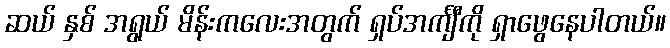
ဆယ် နှစ် အရွယ် မိန်းကလေးအတွက် ရှပ်အင်္ကျီကို ရှာဖွေနေပါတယ်။